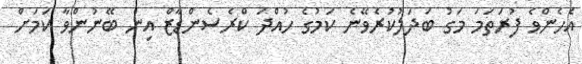
އެހެންވެ ފުރަތަމަ މަގު ބަދަލުކުރެވޭނެ ކަމުގެ ހުއްދަ ކްރެސެންޑާޒް އިން ބޭނުންވާ ކަމަށް